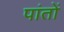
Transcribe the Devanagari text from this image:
पांतों